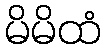
မိမိထံ